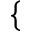
\lbrace